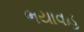
ભયાવહ